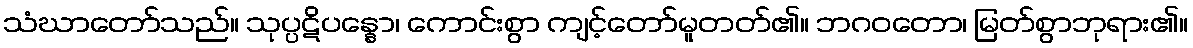
သံဃာတော်သည်။ သုပ္ပဋိပန္နော၊ ကောင်းစွာ ကျင့်တော်မူတတ်၏။ ဘဂဝတော၊ မြတ်စွာဘုရား၏။